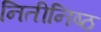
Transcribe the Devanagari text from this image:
नितीनिष्ठ